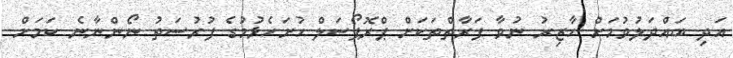
އަދި ބައްދަލުވުމަށް ހާޒިރު ނުވާ ފަރާތްތަކަށް ޕްރޮޕޯސަލް ހުށަހެޅުމުގެ ފުރުސަތު ނޯންނާނެ ކަމަށް